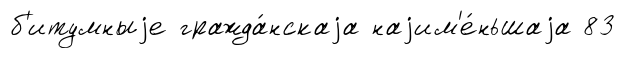
б'итумныjе гражда́нскаjа наjим'е́ньшаjа 83